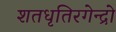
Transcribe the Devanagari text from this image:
शतधृतिरगेन्द्रो